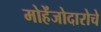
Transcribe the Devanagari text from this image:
मोहेंजोदारोचे